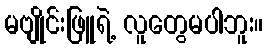
မဗျိုင်းဖြူရဲ့ လူတွေမပါဘူး။